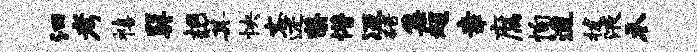
汩考禧巽桐箕怏客述罄懵冱碚集超幸腐恂迨拔液禾